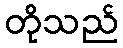
တိုသည်